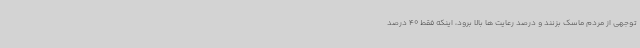
توجهی از مردم ماسک بزنند و درصد رعایت ها بالا برود، اینکه فقط 40 درصد